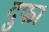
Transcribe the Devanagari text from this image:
दुफा